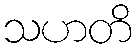
သဟတိ